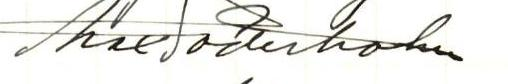
Max Söderholm